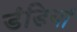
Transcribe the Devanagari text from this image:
डंडियां